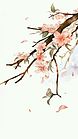
汀洲采白苹，日落江南春。